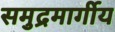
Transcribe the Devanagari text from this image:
समुद्रमार्गीय